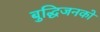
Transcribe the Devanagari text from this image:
बुद्धिजनको